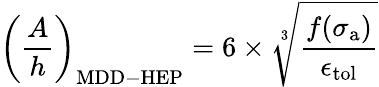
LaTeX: \left(\frac{A}{h}\right)_{\mathrm{{MDD-HEP}}}=6\times\sqrt[3]{\frac{f(\sigma_{\mathrm{{a}}})}{\epsilon_{\mathrm{{tol}}}}}